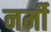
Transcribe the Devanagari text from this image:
नर्मी